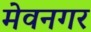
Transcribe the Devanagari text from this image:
मेवनगर